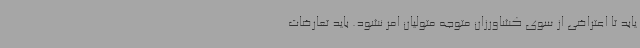
یابد تا اعتراضی از سوی کشاورزان متوجه متولیان امر نشود. باید تعارضات